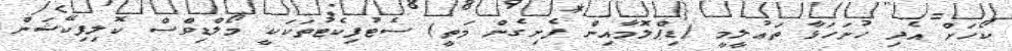
ކޯހަށް އެދި ހުށަހަޅާ ތަޢުލީމީ (ޑިޕްލޮމާއިން ފެށިގެން މަތީ) ސެޓުފިކެޓުތަކަކީ މޯލްޑިވްސް ކޮލިފިކޭޝަން